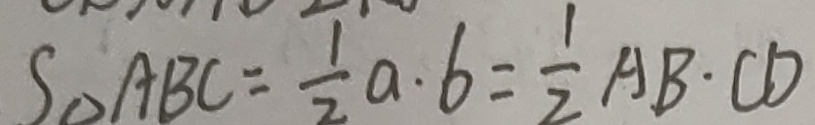
S _ { \Delta } A B C = \frac { 1 } { 2 } a \cdot b = \frac { 1 } { 2 } A B \cdot C D